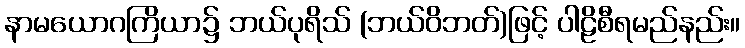
နာမယောဂကြိယာ၌ ဘယ်ပုရိသ် (ဘယ်ဝိဘတ်)ဖြင့် ပါဠိစီရမည်နည်း။